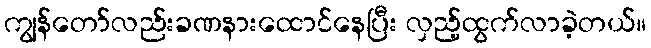
ကျွန်တော်လည်းခဏနားထောင်နေပြီး လှည့်ထွက်လာခဲ့တယ်။